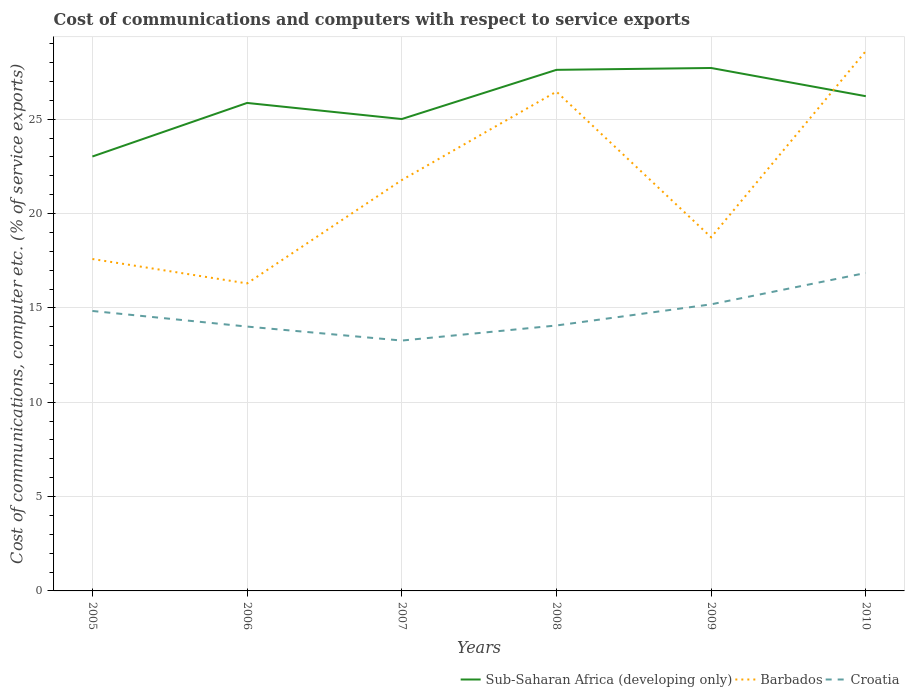
| Years | Sub-Saharan Africa (developing only) | Barbados | Croatia |
 | --- | --- | --- | --- |
 | 2005 | 23 | 17.6 | 14.8 |
 | 2006 | 25.9 | 16.3 | 14 |
 | 2007 | 25 | 21.8 | 13.3 |
 | 2008 | 27.6 | 26.5 | 14.1 |
 | 2009 | 27.7 | 18.7 | 15.2 |
 | 2010 | 26.2 | 28.6 | 16.9 |